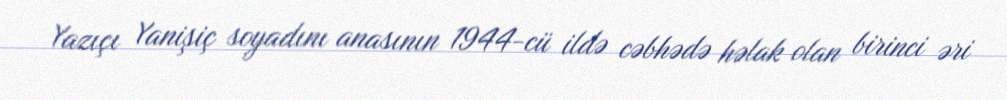
Yazıçı Yanişiç soyadını anasının 1944-cü ildə cəbhədə həlak olan birinci əri